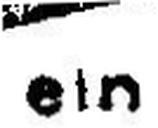
ein